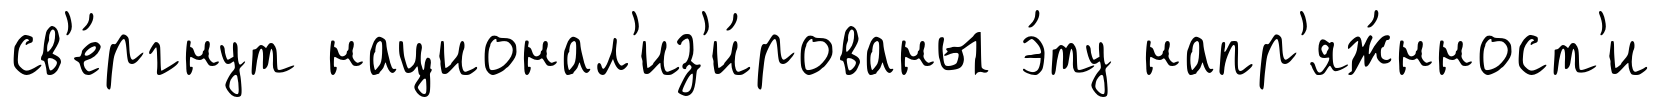
св'е́ргнут национал'из'и́рованы э́ту напр'яж́нност'и